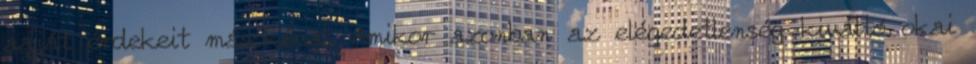
aaját érdekeit másokéval. Amikor azonban az elégedetlenség kiváltó okai